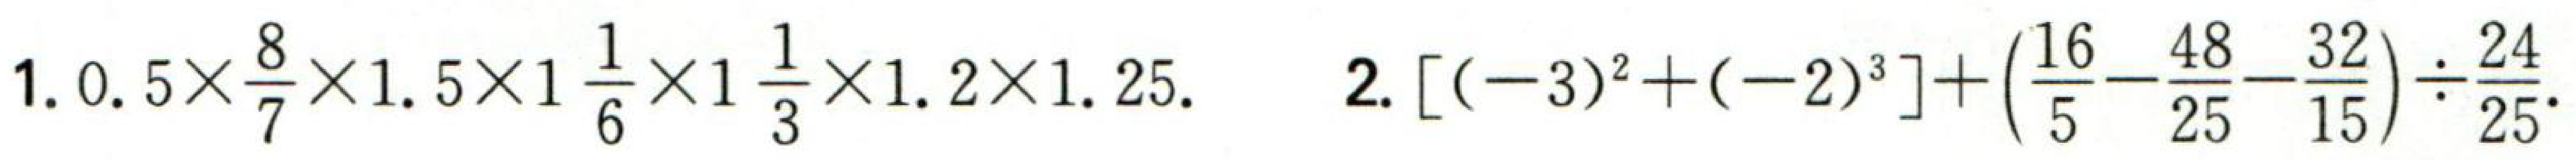
1. \(0.5\times\frac{8}{7}\times1.5\times1\frac{1}{6}\times1\frac{1}{3}\times1.2\times1.25\).  2. \([(-3)^{2}+(-2)^{3}]+(\frac{16}{5}-\frac{48}{25}-\frac{32}{15})\div\frac{24}{25}\).